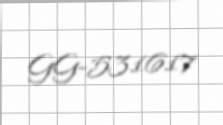
GG-531617